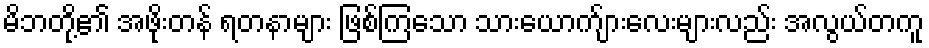
မိဘတို့၏ အဖိုးတန် ရတနာများ ဖြစ်ကြသော သားယောက်ျားလေးများလည်း အလွယ်တကူ